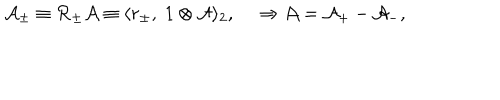
LaTeX: { \cal A } _ { \pm } \equiv { \cal R } _ { \pm } { \cal A } \equiv \langle r _ { \pm } , \; 1 \otimes { \cal A } \rangle _ { 2 } , { } ~ \Rightarrow { \cal A } = { \cal A } _ { + } - { \cal A } _ { - } ,